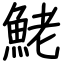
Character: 鮱